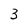
Character: 3